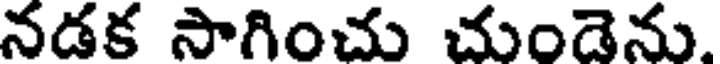
నడక సాగించు చుండెను.